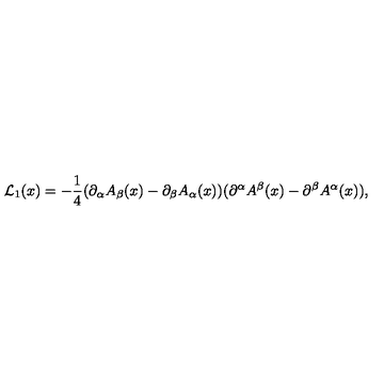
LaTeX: { \cal L } _ { 1 } ( x ) = - { \frac { 1 } { 4 } } ( \partial _ { \alpha } A _ { \beta } ( x ) - \partial _ { \beta } A _ { \alpha } ( x ) ) ( \partial ^ { \alpha } A ^ { \beta } ( x ) - \partial ^ { \beta } A ^ { \alpha } ( x ) ) ,